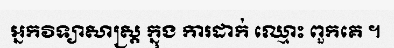
អ្នកវិទ្យាសាស្ត្រ ក្នុង ការដាក់ ឈ្មោះ ពួកគេ ។